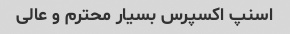
اسنپ اکسپرس بسیار محترم و عالی